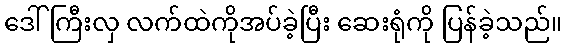
ဒေါ်ကြီးလှ လက်ထဲကိုအပ်ခဲ့ပြီး ဆေးရုံကို ပြန်ခဲ့သည်။